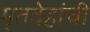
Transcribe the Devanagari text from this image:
मृतदेहांची